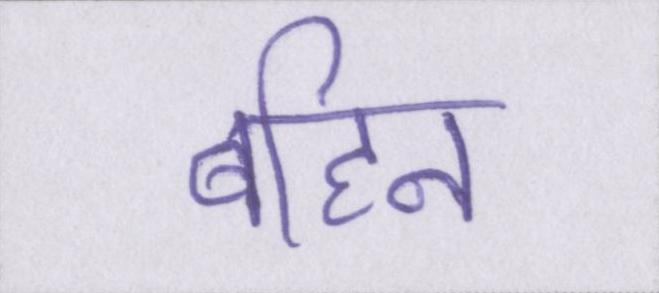
बहिन